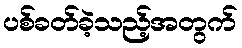
ပစ်ခတ်ခဲ့သည့်အတွက်